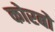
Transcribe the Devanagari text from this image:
कोरबो